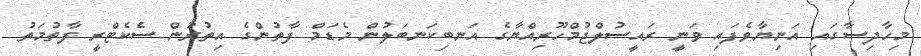
މިހާދިސާގައި އަނިޔާވެފައި ވަނީ ރައީސުލްޖުމްހޫރިއްޔާގެ އަނބިކަނބަލުން މެޑަމް ފާތުންގެ އިތުރުން ސެކެޓްރީ ފާތުމަތު